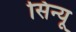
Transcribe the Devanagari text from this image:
सिन्यू